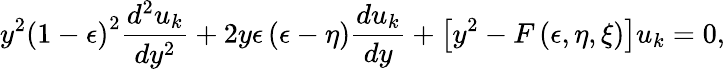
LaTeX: y^{2}\left(1-\epsilon\right)^{2}{\frac{d^{2}u_{k}}{dy^{2}}}+2y\epsilon\left(\epsilon-\eta\right){\frac{du_{k}}{dy}}+\left[y^{2}-F\left(\epsilon,\eta,\xi\right)\right]u_{k}=0,